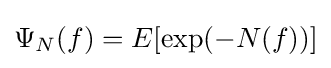
\Psi _{N}(f)=E[\exp(-N(f))]